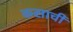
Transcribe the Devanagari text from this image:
कसाची